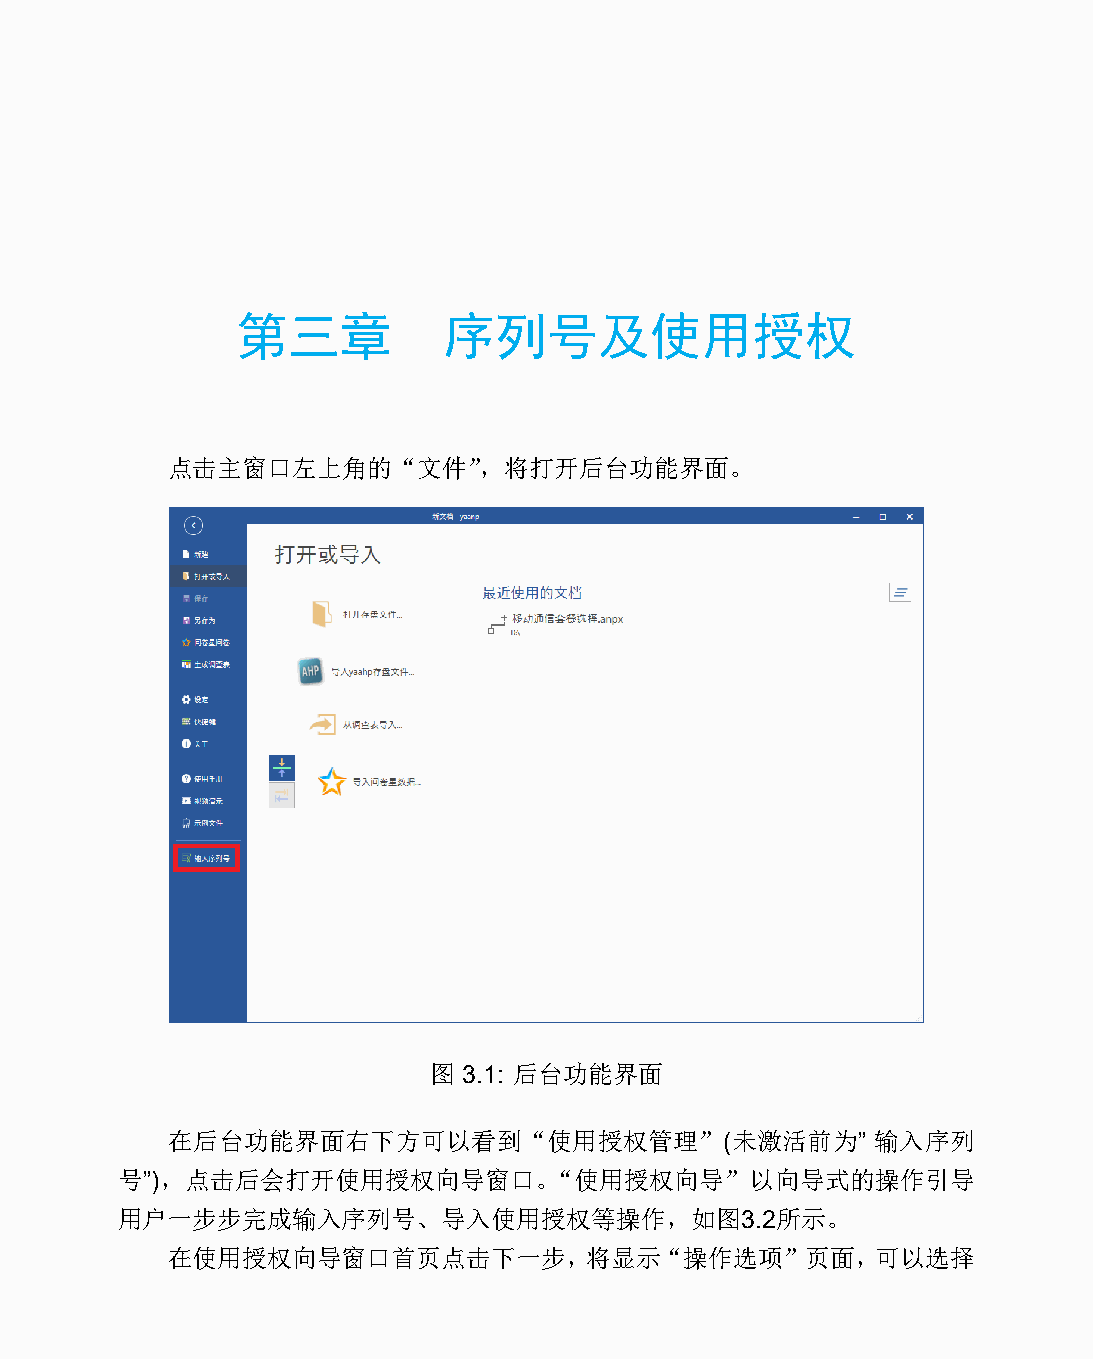
第三章          序列号及使用授权
 点击主窗口左上角的“文件”，将打开后台功能界面。
 图  3.1: 后台功能界面
 在后台功能界面右下方可以看到“使用授权管理”(未激活前为”                  输入序列
 号”)，点击后会打开使用授权向导窗口。“使用授权向导”以向导式的操作引导
 用户一步步完成输入序列号、导入使用授权等操作，如图3.2所示。
 在使用授权向导窗口首页点击下一步，将显示“操作选项”页面，可以选择